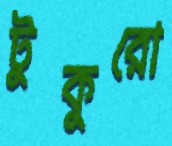
টুকুরো